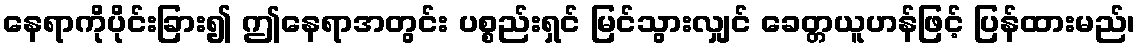
နေရာကိုပိုင်းခြား၍ ဤနေရာအတွင်း ပစ္စည်းရှင် မြင်သွားလျှင် ခေတ္တယူဟန်ဖြင့် ပြန်ထားမည်၊